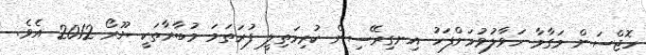
ހޮޖްސަން މަގާމާ ހަވާލުވުމަށްފަހު އިނގިރޭސިން ކުރިމަތިލީ ފުރަތަމަ މުބާރާތަކީ ޔޫރޯ 2012 އެވެ.